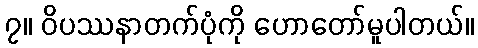
၇။ ဝိပဿနာတက်ပုံကို ဟောတော်မူပါတယ်။